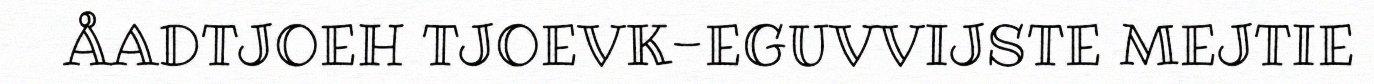
ÅADTJOEH TJOEVK-EGUVVIJSTE MEJTIE